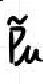
\~Pau